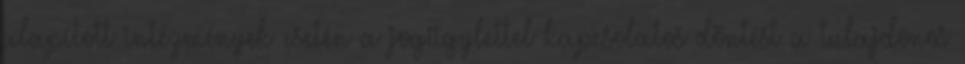
alapított intézmények esetén a jogügylettel kapcsolatos döntést a tulajdonos